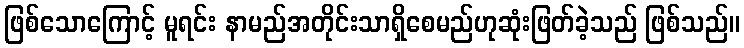
ဖြစ်သောကြောင့် မူရင်း နာမည်အတိုင်းသာရှိစေမည်ဟုဆုံးဖြတ်ခဲ့သည် ဖြစ်သည်။